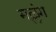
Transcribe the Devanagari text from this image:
मल्लंग